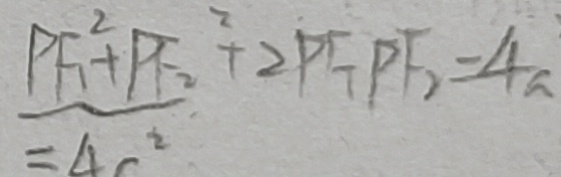
P F _ { 1 } ^ { 2 } + P _ { 2 } ^ { 2 } + 2 P F _ { 1 } P F _ { 2 } = 4 a